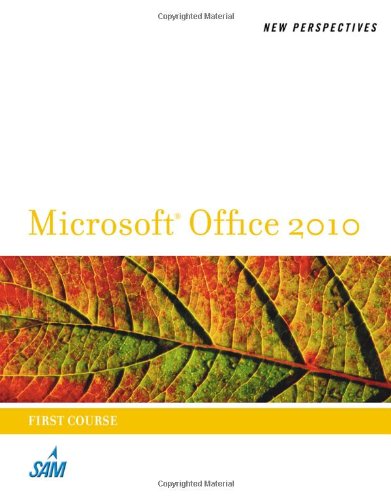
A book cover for New Perspectives on Microsoft Office 2010, First Course (Microsoft Office 2010 Print Solutions); Ann Shaffer; Computers & Technology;